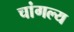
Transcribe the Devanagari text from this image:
चांगल्य